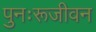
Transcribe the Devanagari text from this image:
पुनःरूजीवन